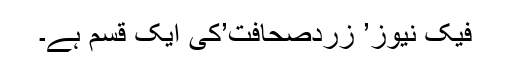
فیک نیوز’ زردصحافت’کی ایک قسم ہے۔